Supplement to the account of plague administration in the Bombay Presidency from September 1896 till May 1897
Year: 1896
Disease focus: Plague
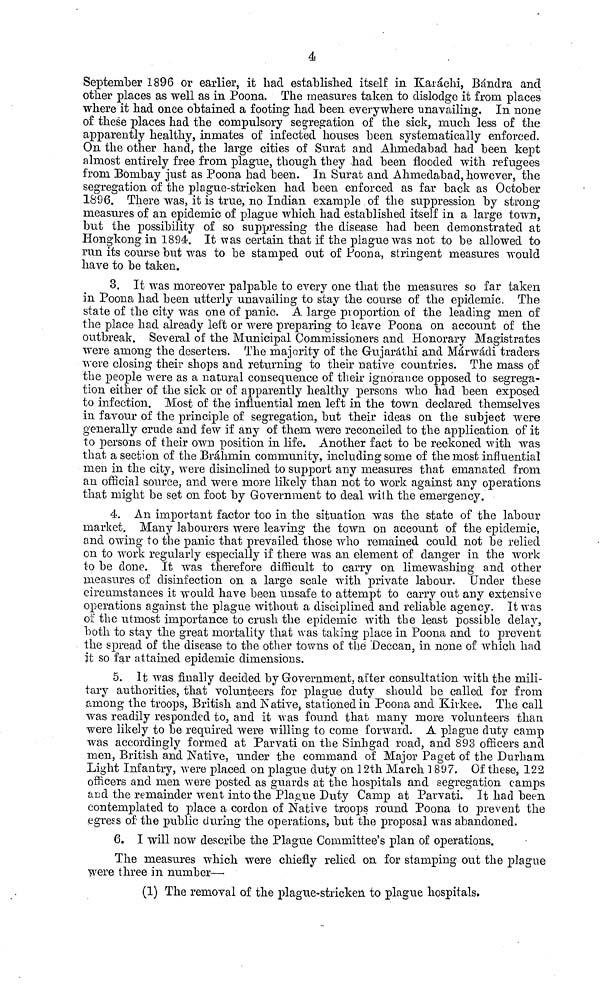
4
September 1896 or earlier, it had established itself in Karáchi, Bándra and
other places as well as in Poona. The measures taken to dislodge it from places
where it had once obtained a footing had been everywhere unavailing. In none
of these places had the compulsory segregation of the sick, much less of the
apparently healthy, inmates of infected houses been systematically enforced.
On the other hand, the large cities of Surat and Ahniedabad had been kept
almost entirely free from plague, though they -had been flooded with refugees
from Bombay just as Poona had been. In Surat and Ahniedabad, however, the
segregation, of the plague-stricken had been enforced as far back as October
1896. There was, it is true, no Indian example of the suppression by strong
measures of an epidemic of plague which had established itself in a large town,
but the possibility of so suppressing the disease had been demonstrated at
Hongkong in 1894. It was certain that if the plague was not to be allowed to
run its course but was to be stamped out of Poona, stringent measures would
have to be taken.
3. It was moreover palpable to every one that the measures so far taken
in Poona had been utterly unavailing to stay the course of the epidemic. The
state of the city was one of panic. A large proportion of the leading men of
the place had already left or were preparing to leave Poona on account of the
outbreak. Several of the Municipal Commissioners and Honorary Magistrates
were among the deserters. The majority of the Gujaráthi and Márwádi traders
were closing their shops and returning to their native countries. The mass of
the people were as a natural consequence of their ignorance opposed to segrega-
tion either of the sick or of apparently healthy persons who had been exposed
to infection. Most of the influential men left in the town declared themselves
in favour of the principle of segregation, but their ideas on the subject were
generally crude and few if any of them were reconciled to the application of it
to persons of their own position in life. Another fact to be reckoned with was
that a section of the Brahmin community, including some of the most influential
men in the city, were disinclined to support any measures that emanated from
an official source, and were more likely than not to work against any operations
that might be set on foot by Government to deal with the emergency.
4. An important factor too in the situation was the state of the labour
market. Many labourers were leaving the town on account of the epidemic,
and owing to the panic that prevailed those who remained could not be relied
on to work regularly especially if there was an element of danger in the work
to be clone. It was therefore difficult to carry on limewashing and other
measures of disinfection on a large scale with private labour. Under these
circumstances it would have been unsafe to attempt to carry out any extensive
operations against the plague without a disciplined and reliable agency. It was
of the utmost importance to crush the epidemic with the least possible delay,
both to stay the great mortality that was taking place in Poona and to prevent
the spread of the disease to the other towns of the Deccan, in none of which had
it so far attained epidemic dimensions.
5. It was finally decided by Government, after consultation with the mili-
tary authorities, that volunteers for plague duty should be called for from
among the troops, British and Native, stationed in Poona and Kirkee. The call
was readily responded to, and it was found that many more volunteers than
were likely to be required were willing to come forward. A plague duty camp
was accordingly formed at Parvati on the Sinhgad road, and 893 officers and
men, British and Native, under the command of Major Paget of the Durham
Light Infantry, were placed on plague duty on 12th March ] 897. Of these, 122
officers and men -were posted as guards at the hospitals and segregation camps
and the remainder went into the Plague Duty Camp at Parvati. It had been
contemplated to place a cordon of Native troops round Poona to prevent the
egress of the public during the operations, but the proposal was abandoned.
6. I will now describe the Plague Committee's plan of operations.
The measures which were chiefly relied on for stamping out the plague
were three in number—
(1) The removal of the plague-stricken to plague hospitals.